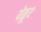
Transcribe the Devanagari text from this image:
येळूर